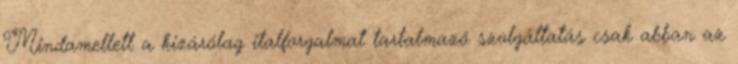
Mindamellett a kizárólag italforgalmat tartalmazó szolgáltatás csak abban az